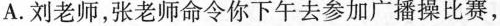
A.刘老师，张老师命令你下午去参加广播操比赛，